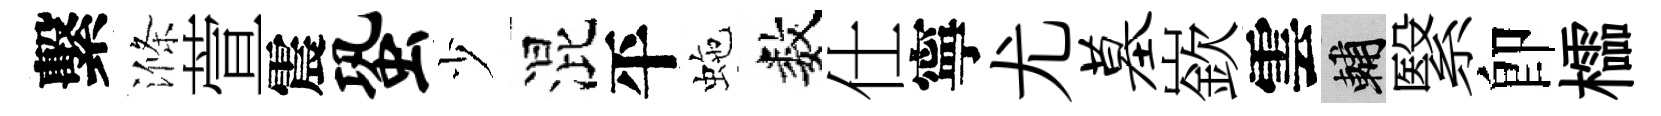
繫滌萱震蛩少混平虵数仕寧尤墓嶔雲輔繄卽櫺